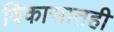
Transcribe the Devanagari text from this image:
विकासातही